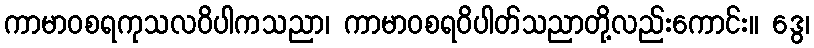
ကာမာဝစရကုသလဝိပါကသညာ၊ ကာမာဝစရဝိပါတ်သညာတို့လည်းကောင်း။ ဒွေ၊